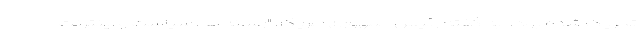
تحریک شده بود." به گفته رئیس جمهوری امریکا، "رسانه ها، سیاست و اینترنت